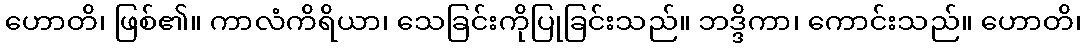
ဟောတိ၊ ဖြစ်၏။ ကာလံကိရိယာ၊ သေခြင်းကိုပြုခြင်းသည်။ ဘဒ္ဒိကာ၊ ကောင်းသည်။ ဟောတိ၊